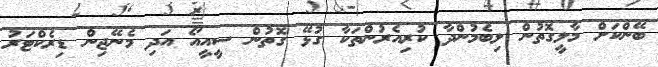
ބޭންކަށް މާލީގޮތުން ލިބެމުންދާ ކުރިއެރުންތަކާ ގުޅޭ ގޮތުން ސީއީއޯ އަދި މެނޭޖިން ޑިރެކްޓަރު